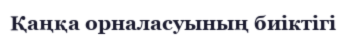
Қаңқа орналасуының биіктігі